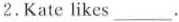
2. Kate likes ___.